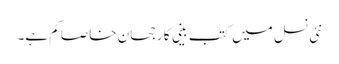
نئی نسل میں کتب بینی کا رجحان خاصا کم ہے۔